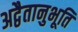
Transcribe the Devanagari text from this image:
अद्वैतानुभूति